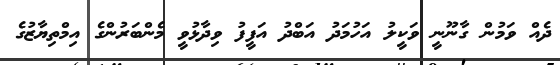
ދެއް ވަމުން ގާނޫނީ ވަކީލު އަހުމަދު އަބްދު އަފީފު ވިދާޅުވީ މެންބަރުންގެ އިމްތިޔާޒުގެ